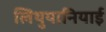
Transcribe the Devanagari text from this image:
लिथुयानियाई